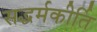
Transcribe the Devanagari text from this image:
सद्धर्मकीर्ति